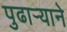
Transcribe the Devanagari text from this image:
पुढार्‍याने